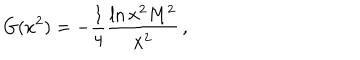
LaTeX: G ( x ^ { 2 } ) = - \frac { 1 } { 4 } \frac { \ln x ^ { 2 } M ^ { 2 } } { x ^ { 2 } } \, ,